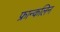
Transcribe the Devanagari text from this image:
फ्रान्कलिन